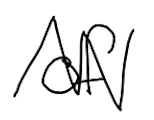
Text: of
Cross-out: zig-zag
Writing tool: digital_black